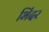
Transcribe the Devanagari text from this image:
भिंदर